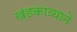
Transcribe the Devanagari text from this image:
खंडकाव्याने